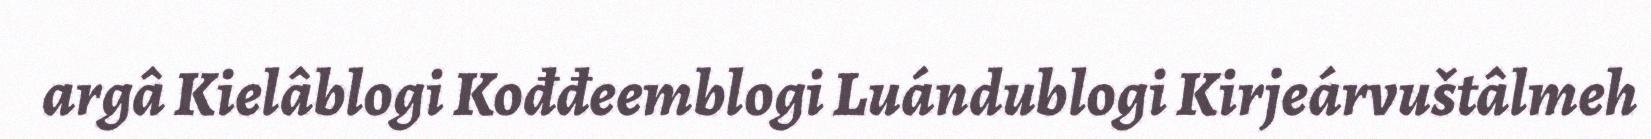
argâ Kielâblogi Kođđeemblogi Luándublogi Kirjeárvuštâlmeh